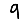
Digit: 9